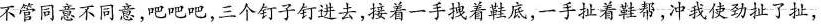
不管同意不同意，吧吧吧，三个钉子钉进去，接着一手拽看鞋底，一手扯着鞋帮，冲我使动扯了扯，